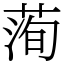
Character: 𦴥